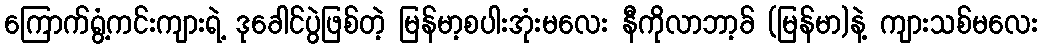
ကြောက်ရွံ့ကင်းကျားရဲ့ ဒုခေါင်ပွဲဖြစ်တဲ့ မြန်မာ့စပါးအုံးမလေး နီကိုလာဘာ့ခ် (မြန်မာ)နဲ့ ကျားသစ်မလေး